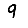
Digit: 9